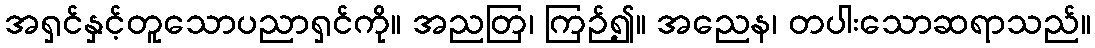
အရှင်နှင့်တူသောပညာရှင်ကို။ အညတြ၊ ကြဉ်၍။ အညေန၊ တပါးသောဆရာသည်။